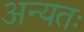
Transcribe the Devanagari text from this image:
अन्यतः